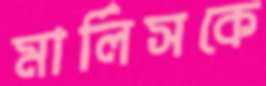
মার্লিসকে